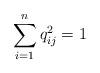
LaTeX: \begin{align*}\sum_{i=1}^n q_{ij}^2 = 1\end{align*}